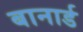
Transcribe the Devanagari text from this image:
बानार्ड